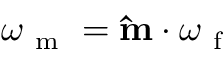
\omega _ { \mathrm { ~ m ~ } } = \mathbf { \hat { m } } \cdot \boldsymbol { \omega } _ { \mathrm { ~ f ~ } }